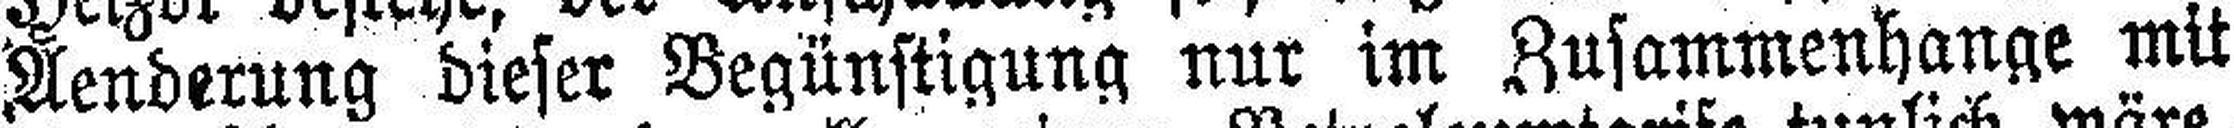
Aenderung dieser Begünstigung nur im Zusammenhange mit